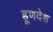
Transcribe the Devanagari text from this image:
हूणदेश